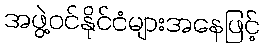
အဖွဲ့ဝင်နိုင်ငံများအနေဖြင့်